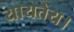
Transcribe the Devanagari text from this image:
यायतेय।